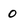
Character: 0